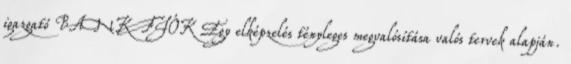
igazgató BANKFIÓK Egy elképzelés tényleges megvalósítása valós tervek alapján.